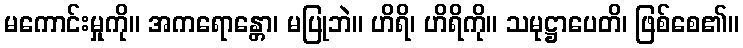
မကောင်းမှုကို။ အကရောန္တော၊ မပြုဘဲ။ ဟိရိ၊ ဟိရိကို။ သမုဋ္ဌာပေတိ၊ ဖြစ်စေ၏။